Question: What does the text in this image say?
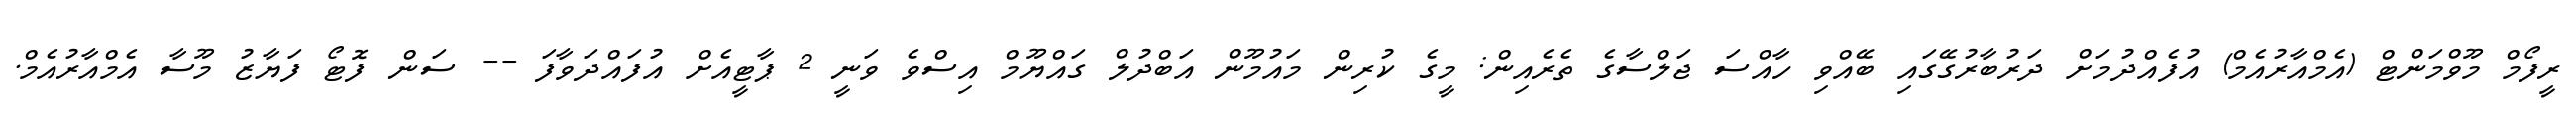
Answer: ރީފޯމް މޫވްމަންޓް (އެމްއާރުއެމް) އުފެއްދުމަށް ދަރުބާރުގޭގައި ބޭއްވި ހާއްސަ ޖަލްސާގެ ތެރެއިން: މީގެ ކުރިން މައުމޫން އަބްދުލް ގައްޔޫމް އިސްވެ ވަނީ 2 ޕާޓީއެށް އުފައްދަވާފަ -- ސަން ފޮޓޯ ފަޔާޒު މޫސާ އެމްއާރުއެމް.